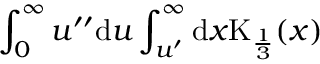
\int _ { 0 } ^ { \infty } u ^ { \prime \prime } \mathrm { d } u \int _ { u ^ { \prime } } ^ { \infty } \mathrm { d } x \mathrm { K } _ { \frac { 1 } { 3 } } ( x )